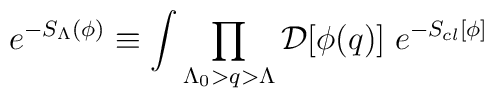
e^{- S_{\Lambda}(\phi)} \equiv \int \prod_{\Lambda_0>q > \Lambda} {\cal D}[\phi({ q})] \; e^{- S_{cl}[\phi]}